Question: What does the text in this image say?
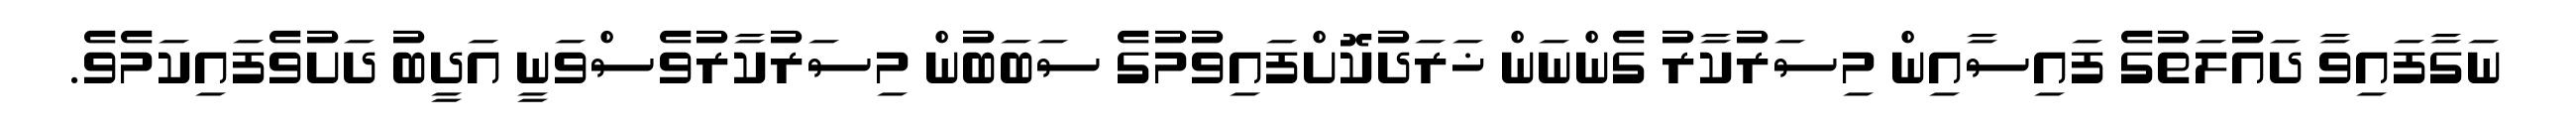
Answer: ނަގާފައިވާ ދައުލަތުގެ ފައިސާއިން މިސަރުކާރު ގެންނަން ޚަރަދުކޮށްފައިވުމުގެ ސަބަބުން މިސަރުކާރުވެސްވަނީ އަދީބު ދަށުވެފައިކަމެވެ.